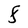
Character: F